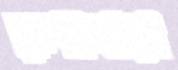
রুশানারা